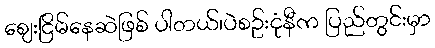
ဈေးငြိမ်နေဆဲဖြစ် ပါတယ်၊ပဲစဥ်းငုံနီက ပြည်တွင်းမှာ